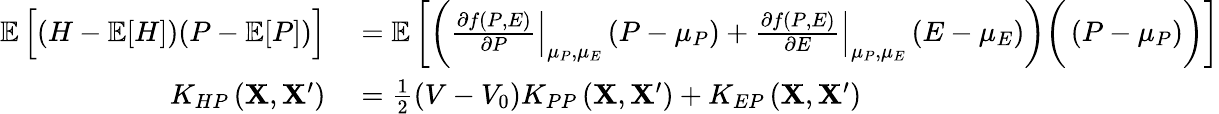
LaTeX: \begin{array}{rl}{\mathop{{}\mathbb{E}}\Big[(H-\mathop{{}\mathbb{E}}[H])(P-\mathop{{}\mathbb{E}}[P])\Big]}&{{}=\mathop{{}\mathbb{E}}\bigg[\bigg(\left.\frac{\partial f\left(P,E\right)}{\partial P}\right|_{\mu_{P},\mu_{E}}\left(P-\mu_{P}\right)+\left.\frac{\partial f\left(P,E\right)}{\partial E}\right|_{\mu_{P},\mu_{E}}\left(E-\mu_{E}\right)\bigg)\bigg(\left(P-\mu_{P}\right)\bigg)\bigg]}\\ {K_{HP}\left(\mathbf{X},\mathbf{X}^{\prime}\right)}&{{}=\frac{1}{2}\left(V-V_{0}\right)K_{PP}\left(\mathbf{X},\mathbf{X}^{\prime}\right)+K_{EP}\left(\mathbf{X},\mathbf{X}^{\prime}\right)}\end{array}